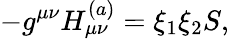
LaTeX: -g^{\mu\nu}H_{\mu\nu}^{(a)}=\xi_{1}\xi_{2}S,